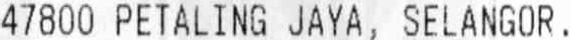
47800 PETALING JAYA, SELANGOR.